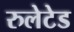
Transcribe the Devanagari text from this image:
रुलेटेड